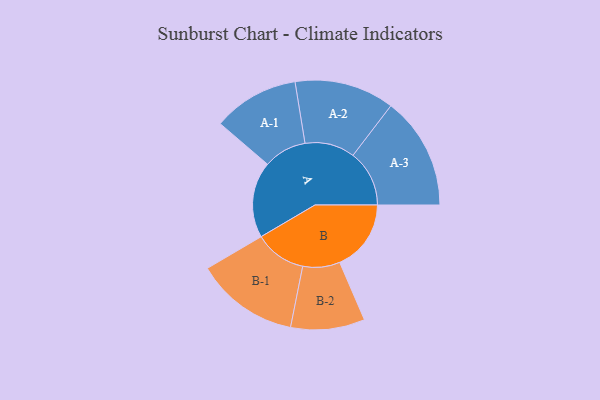
{"axis": {"x": "Segment", "y": "Value"}, "legend": ["", "A", "B"], "data": [{"x": "A", "y": 308, "type": ""}, {"x": "B", "y": 289, "type": ""}, {"x": "A-1", "y": 174, "type": "A"}, {"x": "A-2", "y": 202, "type": "A"}, {"x": "A-3", "y": 228, "type": "A"}, {"x": "B-1", "y": 209, "type": "B"}, {"x": "B-2", "y": 150, "type": "B"}]}